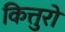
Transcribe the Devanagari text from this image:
कित्तुरो